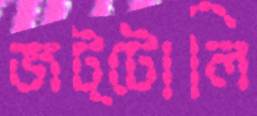
জট্টোলি